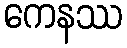
ကေနဿ